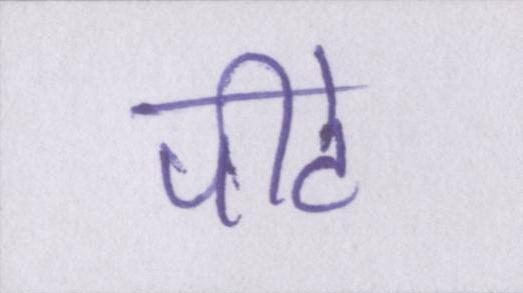
पीटे